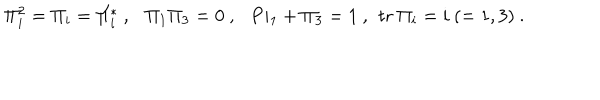
LaTeX: \Pi _ { i } ^ { 2 } = \Pi _ { i } = \Pi _ { i } ^ { * } \ , \ \ \ \Pi _ { 1 } \Pi _ { 3 } = 0 \ , \ \ \, P i _ { 1 } + \Pi _ { 3 } = 1 \ , \, \ \mathrm { t r } \ \Pi _ { i } = i \ ( = 1 , 3 ) \ .